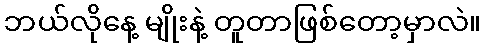
ဘယ်လိုနေ့ မျိုးနဲ့ တူတာဖြစ်တော့မှာလဲ။